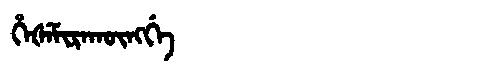
Manchu: ᡥᡝᡧᡝᠮᡳᡵᠠᡴᡡᠩᡤᡝ
Romanization: HEŠEMIRAKŪNGGE